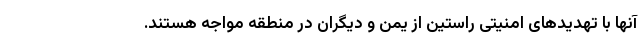
آنها با تهدیدهای امنیتی راستین از یمن و دیگران در منطقه مواجه هستند.